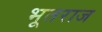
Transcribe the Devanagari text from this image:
भूतराज